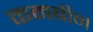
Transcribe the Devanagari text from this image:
कमबीन